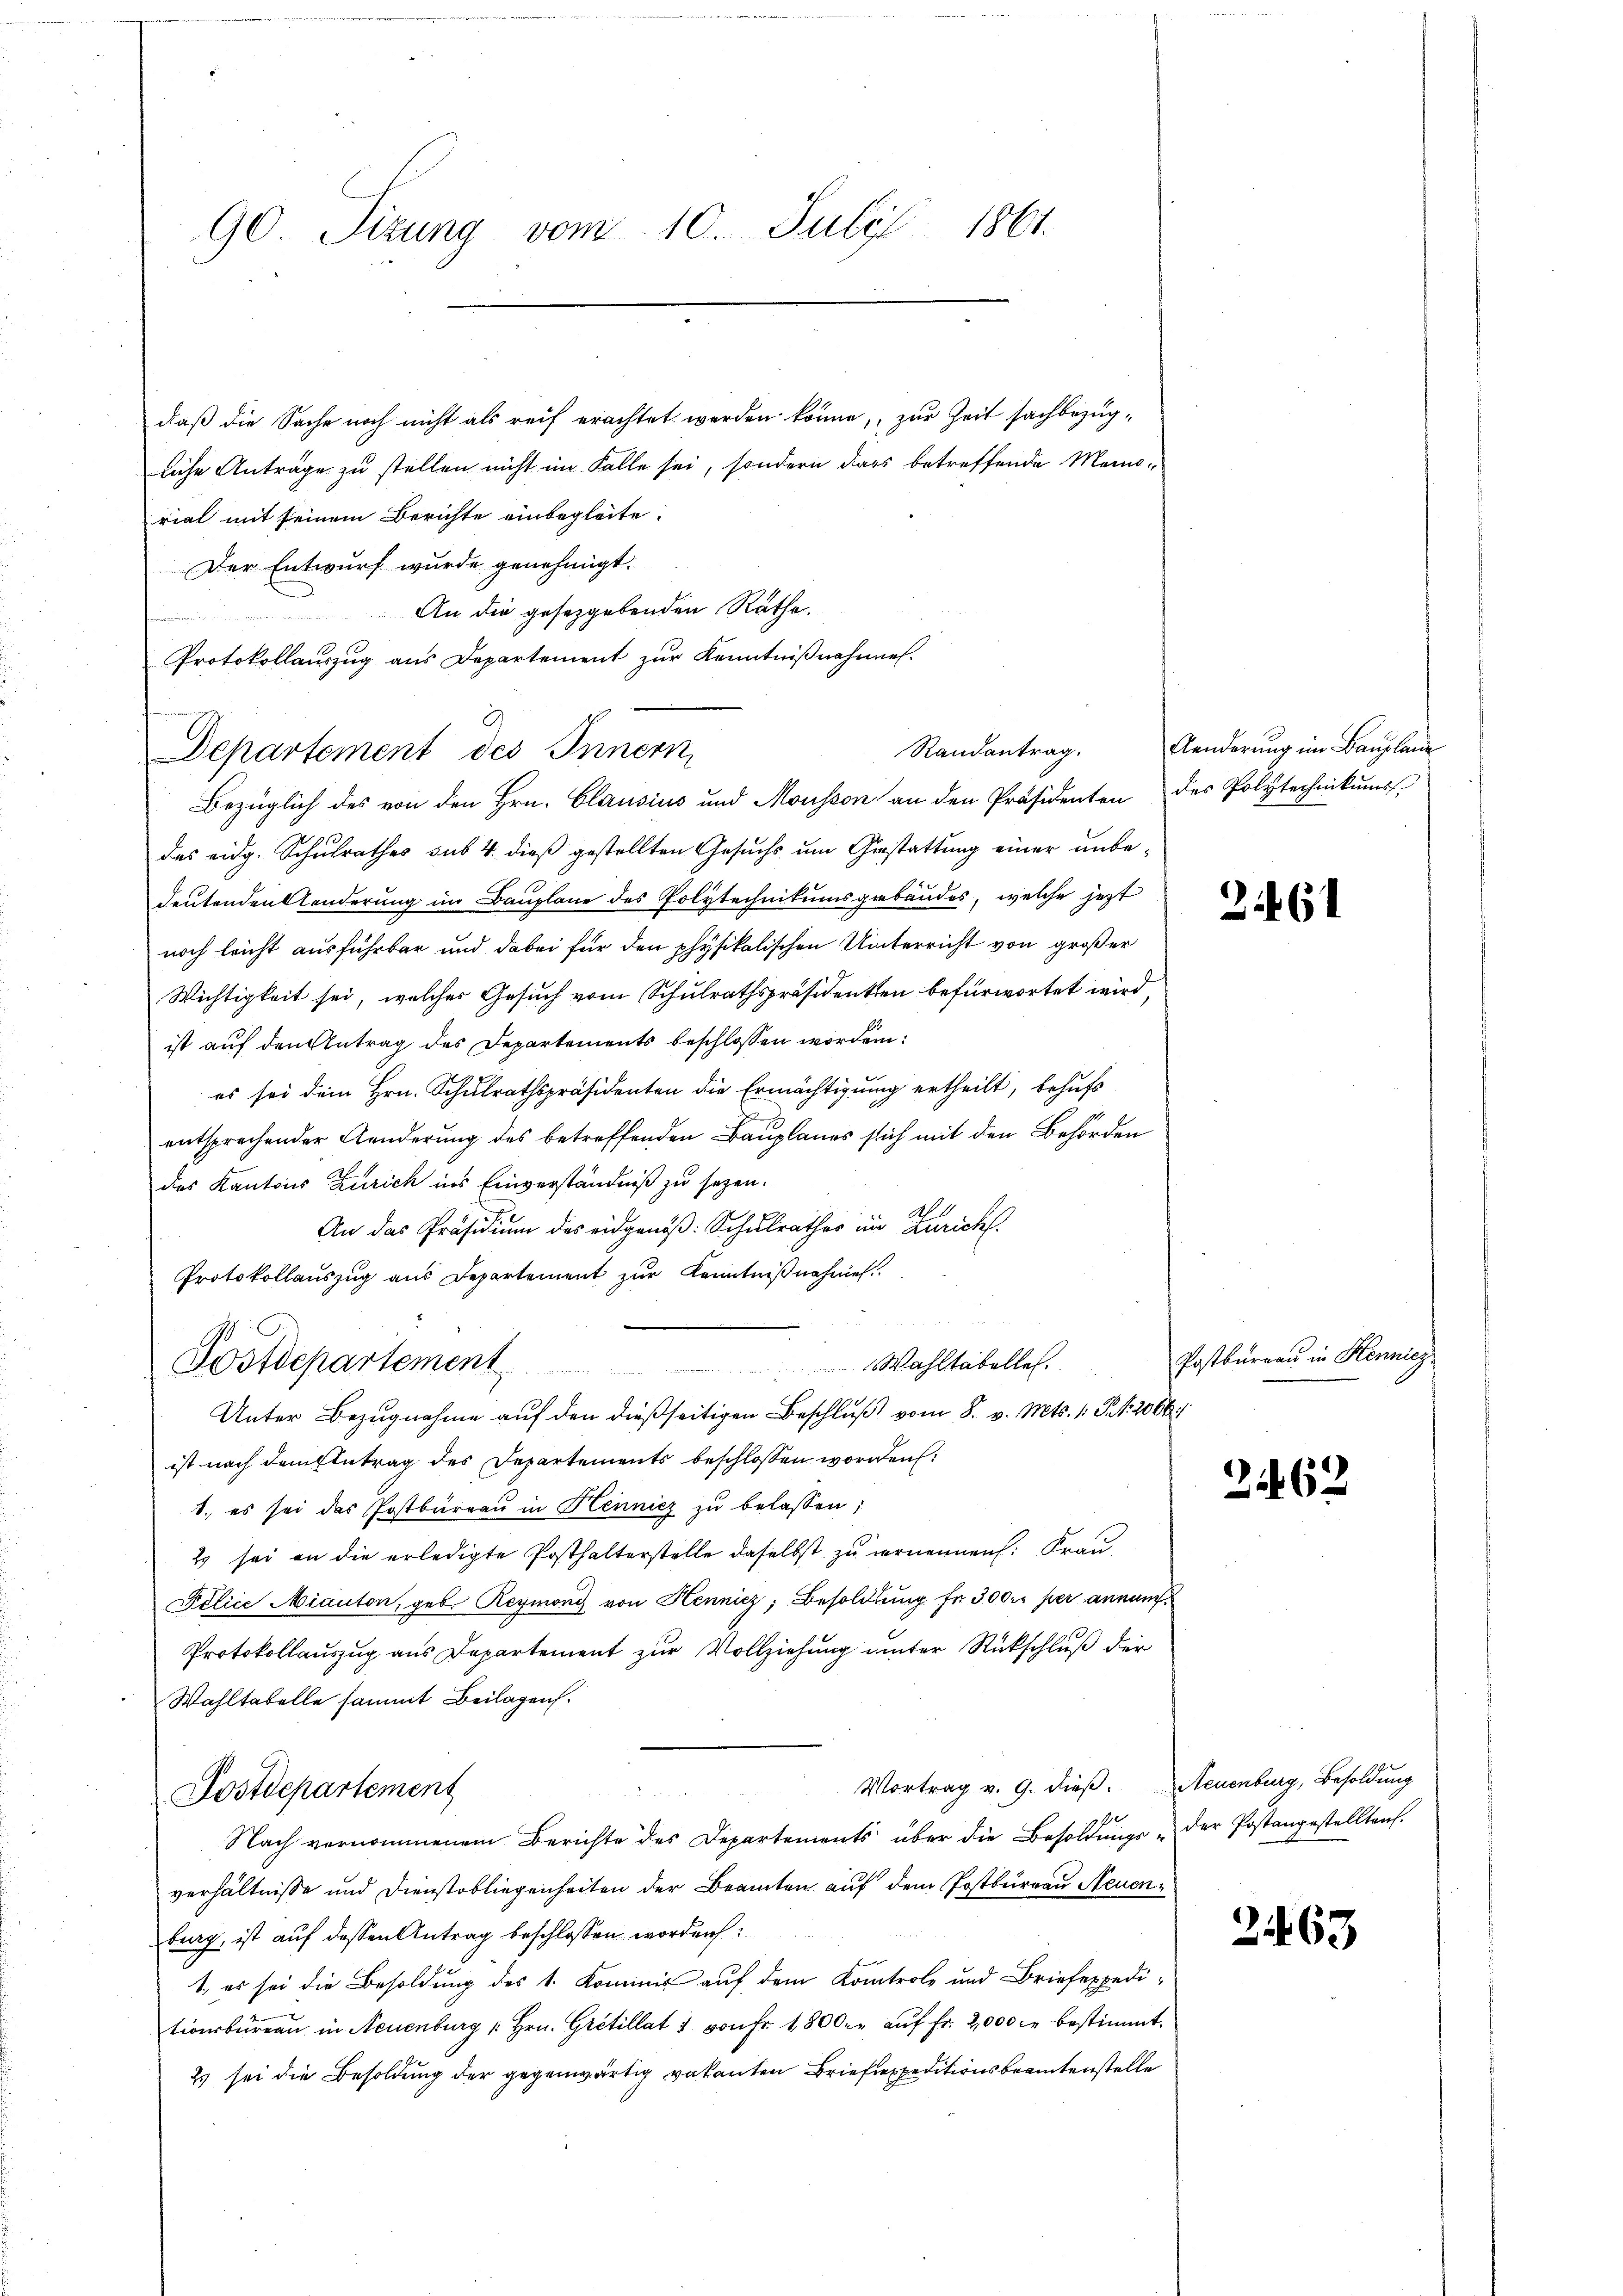
90 Sizung vom 10. Juli 1861.

daß die Sache noch nicht als reif erachtet werden könne, zur Zeit sachbezügliche Anträge zu stellen nicht im Falle sei, sondern dass betreffende Memorial mit seinem Berichte einbegleite.
Der Entwurf wurde genehmigt.
An die gesetzgebenden Rathe.
en
Protokollauszug aus Departement zur Kenntnißnahmes-
Departement des Innern
Bezüglich des von den Hrn. Clausius und Mousson an den Präsidenten des Polytechnikums
das eidg. Schulrathes sub 4. dieß gestellten Gesuchs um Gestattung einer unbedeutendensländerung im Bauplane des Polytechnikumsgebäudes, welche jetzt
noch leicht ausführbar und dabei für den physikalischen Unterricht von großer
Wichtigkeit sei, welcher Gesuch vom Schulrathspräsidenten befürwortet wird,
ist auf den Antrag des Departements beschlossen worden:
es sei dem Hrn. Schulrathspräsidenten die Ermächtigung ertheilt, behufs
entsprechender Aenderung des betreffenden Bauplanes sich mit den Behörden
des Kantons Zürich ins Einverständniß zu sezen.
A.
An das Präsidium des eidgenöß: Schulrathes im Zürich.
Protokollauszug aus Departement zur Kenntnißnahmen.
Postdepartement
Wahltabelles.
Unter Bezugnahme auf den dießseitigen Beschluß vom 8. v. Mts. 1. Frk. 2066
ist nach dem Eintrag des Departements beschlossen worden,
1. es sei das Postbüreaŭ in Hennicz zŭ belassen;
2 sei an die erledigte Posthalterstelle daselbst zu vernennen: Frau
Pélice Miauton, geb. Reymond von Hennicz Besoldung fr. 300 r per annun
Protokollauszug aus Departement zur Vollziehung unter Rückschluß der
Wahltabelle sammt Beilagen.
Vortrag v. 9. dieß. Neuenburg, Besoldung

Postdepartement
Nach vernommenem Berichte des Departements über die Besoldŭngs- der Postangestellten.
verhältnisse und Dienstobliegenheiten der Beamten auf dem Postbureau Neuenburg, ist auf dessen Antrag beschlossen worden:
1., es sei die Besoldung des 1. Kommis auf dem Kontrole und Briefexpeditionsbüreau in Neuenburg " Hrn. Grétillat & von Fr. 1800. aŭf fr. 2,000 c. bestimmt.
2 sei die Besoldung der gegenwärtig vakanten Brieflexpeditionsbeamtenstelle

Randantrag.

Aenderung im Bauplane

Postbureau in Hennicz

2461

2462

263